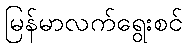
မြန်မာလက်ရွေးစင်